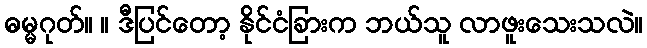
ဓမ္မဂုတ်။ ။ ဒီပြင်တော့ နိုင်ငံခြားက ဘယ်သူ လာဖူးသေးသလဲ။